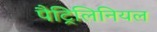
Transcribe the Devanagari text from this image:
पैट्रिलिनियल